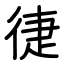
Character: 徢